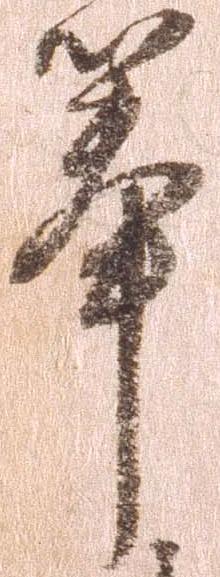
挙